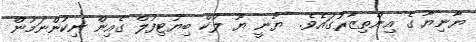
ޔާނިޔާ ގެ އިންތިޒާރުގައެވެ.  ޔާނީ ޔޫ ލުކް ބިޔުޓިފުލް ގެއިން ނިކުންނަމުން